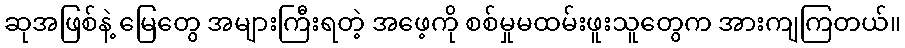
ဆုအဖြစ်နဲ့ မြေတွေ အများကြီးရတဲ့ အဖေ့ကို စစ်မှုမထမ်းဖူးသူတွေက အားကျကြတယ်။